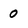
Character: O